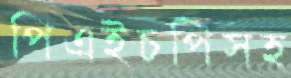
পিএইচপিসহ